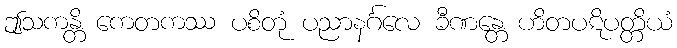
ဤသကန္တိ ကေတကဿ ပစိတုံ ပညာနင်္ဂလေ ခီဏန္တေ ဟိတပဋိပတ္တိယံ